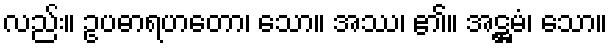
လည်း။ ဥပဓာရဟတော၊ သော။ အဿ၊ ၏။ အဋ္ဌမံ၊ သော။